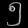
Digit: ၅